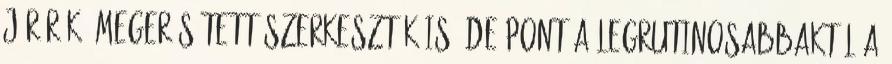
járőrök, megerősített szerkesztők is, de pont a legrutinosabbaktól a